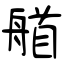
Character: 艏